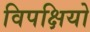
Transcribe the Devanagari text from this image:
विपक्षियो